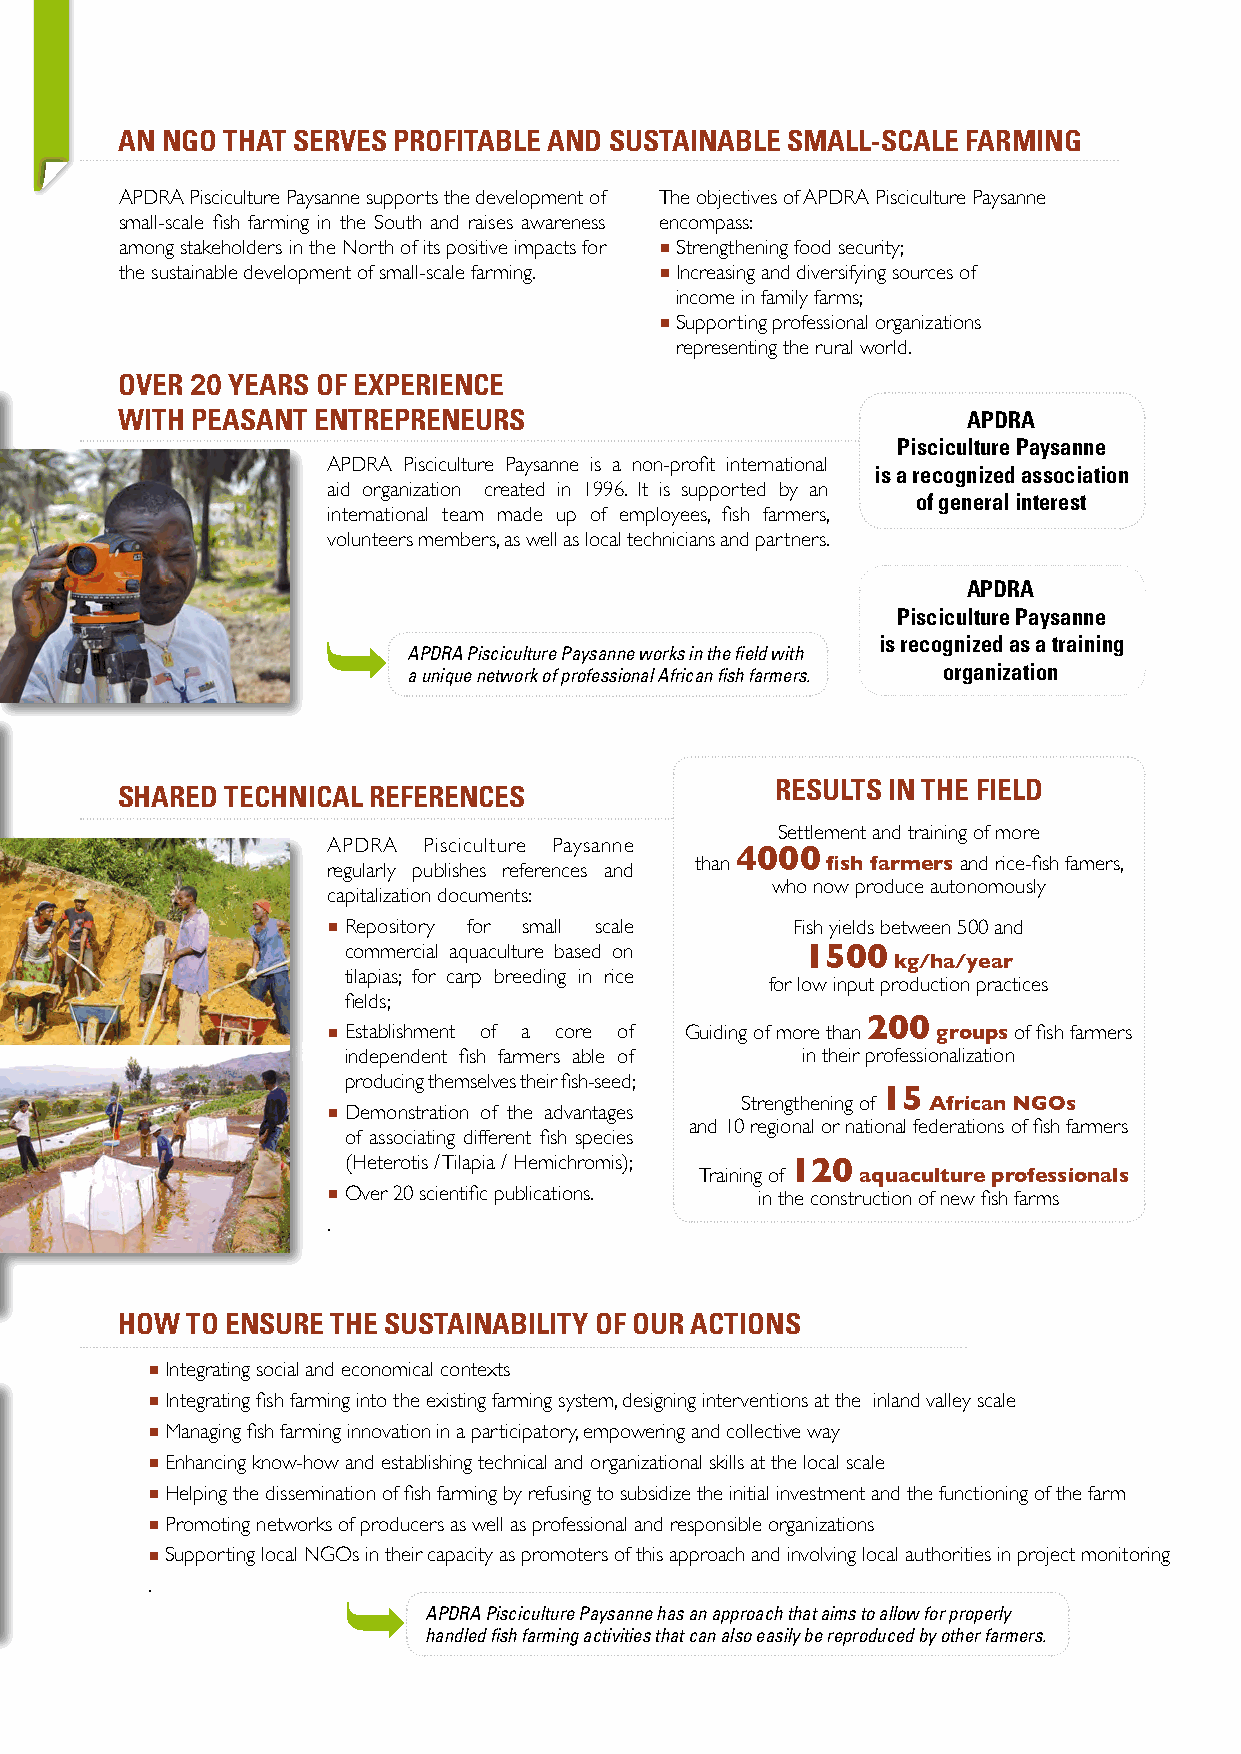
AN NGO THAT SERVES PROFITABLE AND SUSTAINABLE SMALL-SCALE FARMING
 APDRA Pisciculture Paysanne supports the development of The objectives of APDRA Pisciculture Paysanne
 small-scale fish farming in the South and raises awareness encompass:
 among stakeholders in the North of its positive impacts for  Strengthening food security;
 the sustainable development of small-scale farming.  Increasing and diversifying sources of
 income in family farms;
  Supporting professional organizations
 representing the rural world.
 OVER 20 YEARS OF EXPERIENCE
 WITH PEASANT ENTREPRENEURS                              APDRA
 Pisciculture Paysanne
 APDRA Pisciculture Paysanne is a non-profit international
 is a recognized association
 aid organization created in 1996. It is supported by an
 of general interest
 international team made up of employees, fish farmers,
 volunteers members, as well as local technicians and partners.
 APDRA
 Pisciculture Paysanne
 is recognized as a training
 APDRA Pisciculture Paysanne works in the field with
 a unique network of professional African fish farmers. organization
 RESULTS IN THE FIELD
 SHARED TECHNICAL REFERENCES
 Settlement and training of more
 APDRA Pisciculture Paysanne
 4000
 than     fish farmers and rice-fish famers,
 regularly publishes references and
 who now produce autonomously
 capitalization documents:
  Repository for small scale  Fish yields between 500 and
 commercial aquaculture based on 1500
 kg/ha/year
 tilapias; for carp breeding in rice
 for low input production practices
 fields;
 200
  Establishment of a core of Guiding of more than groups of fish farmers
 independent fish farmers able of in their professionalization
 producing themselves their fish-seed;
 15
 Strengthening of African NGOs
  Demonstration of the advantages
 and 10 regional or national federations of fish farmers
 of associating different fish species
 (Heterotis / Tilapia / Hemichromis); 120
 Training of aquaculture professionals
  Over 20 scientific publications. in the construction of new fish farms
 .
 HOW TO ENSURE THE SUSTAINABILITY OF OUR ACTIONS
  Integrating social and economical contexts
  Integrating fish farming into the existing farming system, designing interventions at the inland valley scale
  Managing fish farming innovation in a participatory, empowering and collective way
  Enhancing know-how and establishing technical and organizational skills at the local scale
  Helping the dissemination of fish farming by refusing to subsidize the initial investment and the functioning of the farm
  Promoting networks of producers as well as professional and responsible organizations
  Supporting local NGOs in their capacity as promoters of this approach and involving local authorities in project monitoring
 .
 APDRA Pisciculture Paysanne has an approach that aims to allow for properly
 handled fish farming activities that can also easily be reproduced by other farmers.